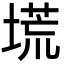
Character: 塃